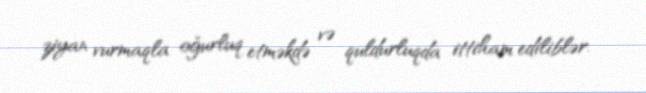
ziyan vurmaqla oğurluq etməkdə və quldurluqda ittiham ediliblər.